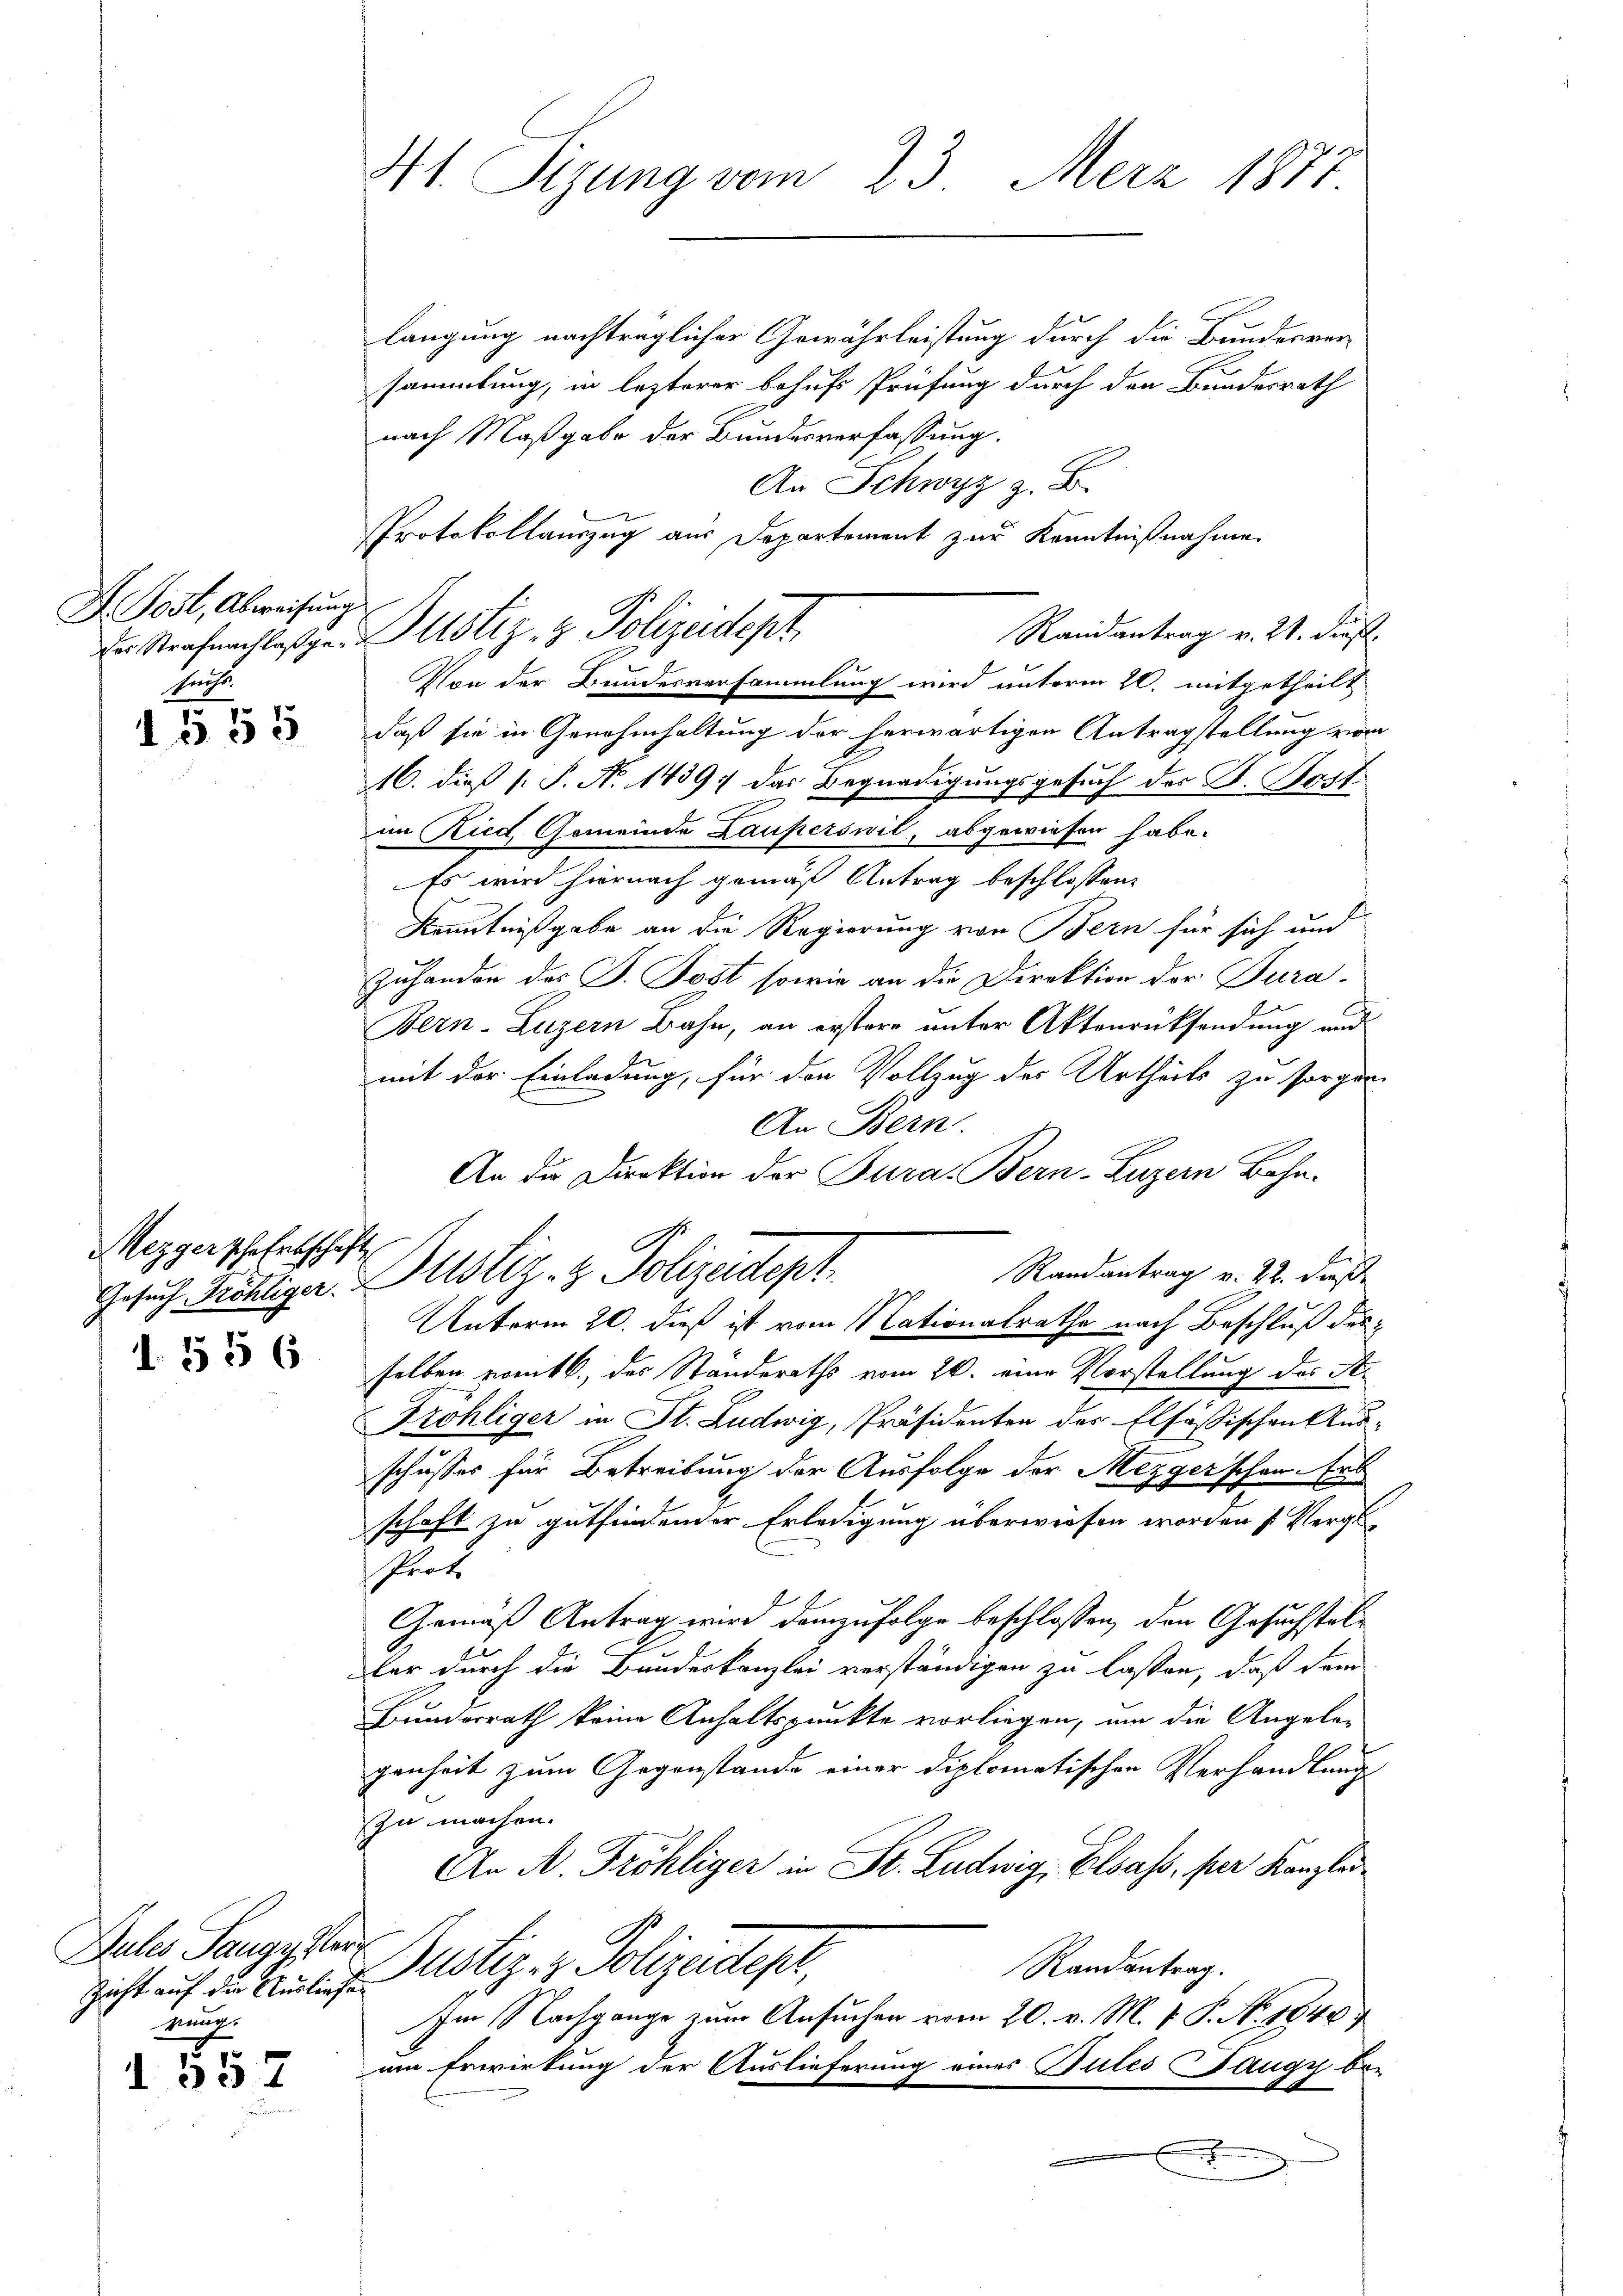
H. Jost, Abweisung
der Strafnachlaßgesucht.

§55

Mezger sche Erbschaft

d. § 56

Dules Sangy Ver
Richt auf die Auslief
Meuch

d 557

41. Rizung vom 23. Merz 1871.

längung nachträglicher Gewährleistung durch die Bunderer
sammlung, in lezterer behufs Prüfung durch den Bundesrath
nach Maßgabe der Bundesverfassung.
An Schwyz z. B.
Protokollauszug aus Departement zur Kenntnißnahme
Randantrag v. 21. dieß.
Von der Bundesversammlung wird unterm 22. mitgetheilt
daß sie in Genehmhaltung der herwärtigen Antragstellung vom
16. dieß (: P. No 1439; das Begnadigungsgesuch der K. Beit
in Ried, Gemeinde Lauperswil, abgewiesen habe.
Es wird hiernach gemäß Antrag beschlossen:
Kenntnißgabe an die Regierung von Bern für sich und
Zuhanden des J. Post sowie an die Direktion der Tura¬
Bern-Luzern Bahn, an erstere unter Aktenrücksendung und
mit der Einladung, für den Vollzug des Urtheils zu sorgen.
An Bern.
An die Direktion der Jura. Bern-Luzern Bahn-
Randantrag v. 22. dieß
Gesuch Richtiger. Altstiz- & Polizeidept
10
Unterm 20. dieß ist vom 11 Cationalrathe nach Beschluß des
selben vom 6. des Standeraths vom 26. eine Vorstellung des St.
Fröhliger in St. Ludwig, Präsidenten des Elsößischen Aus-
schusses für Betreibung der Ausfolge der Mezger’schen. Er
schaft zu gutfindender Erledigung überwiesen worden (Vergl
Prote
Gemäß Antrag wird demzufolge beschlossen, den Gesuchstelf
ter durch die Bandeskanzlei verständigen zu lassen, daß dem
Bundesrath keine Anhaltspunkte vorliegen, um die Angelagenheit zum Gegenstände einer diplomatischen Verhandlung
zu machen.
An A. Fröhliger in St. Ludwig, Elsass, per Kanzle
Justiz- & Polizeidepr
Randantrag.
Im Nachgange zum Ansuchen vom 20. v. M. v. J. Ao. 1840,
um Erwirkung der Auslieferung eines Gutes Fangy be-
.

Justiz- & Polizeidept